Vabadussoja_Ajaloo_Komitee, lk 9
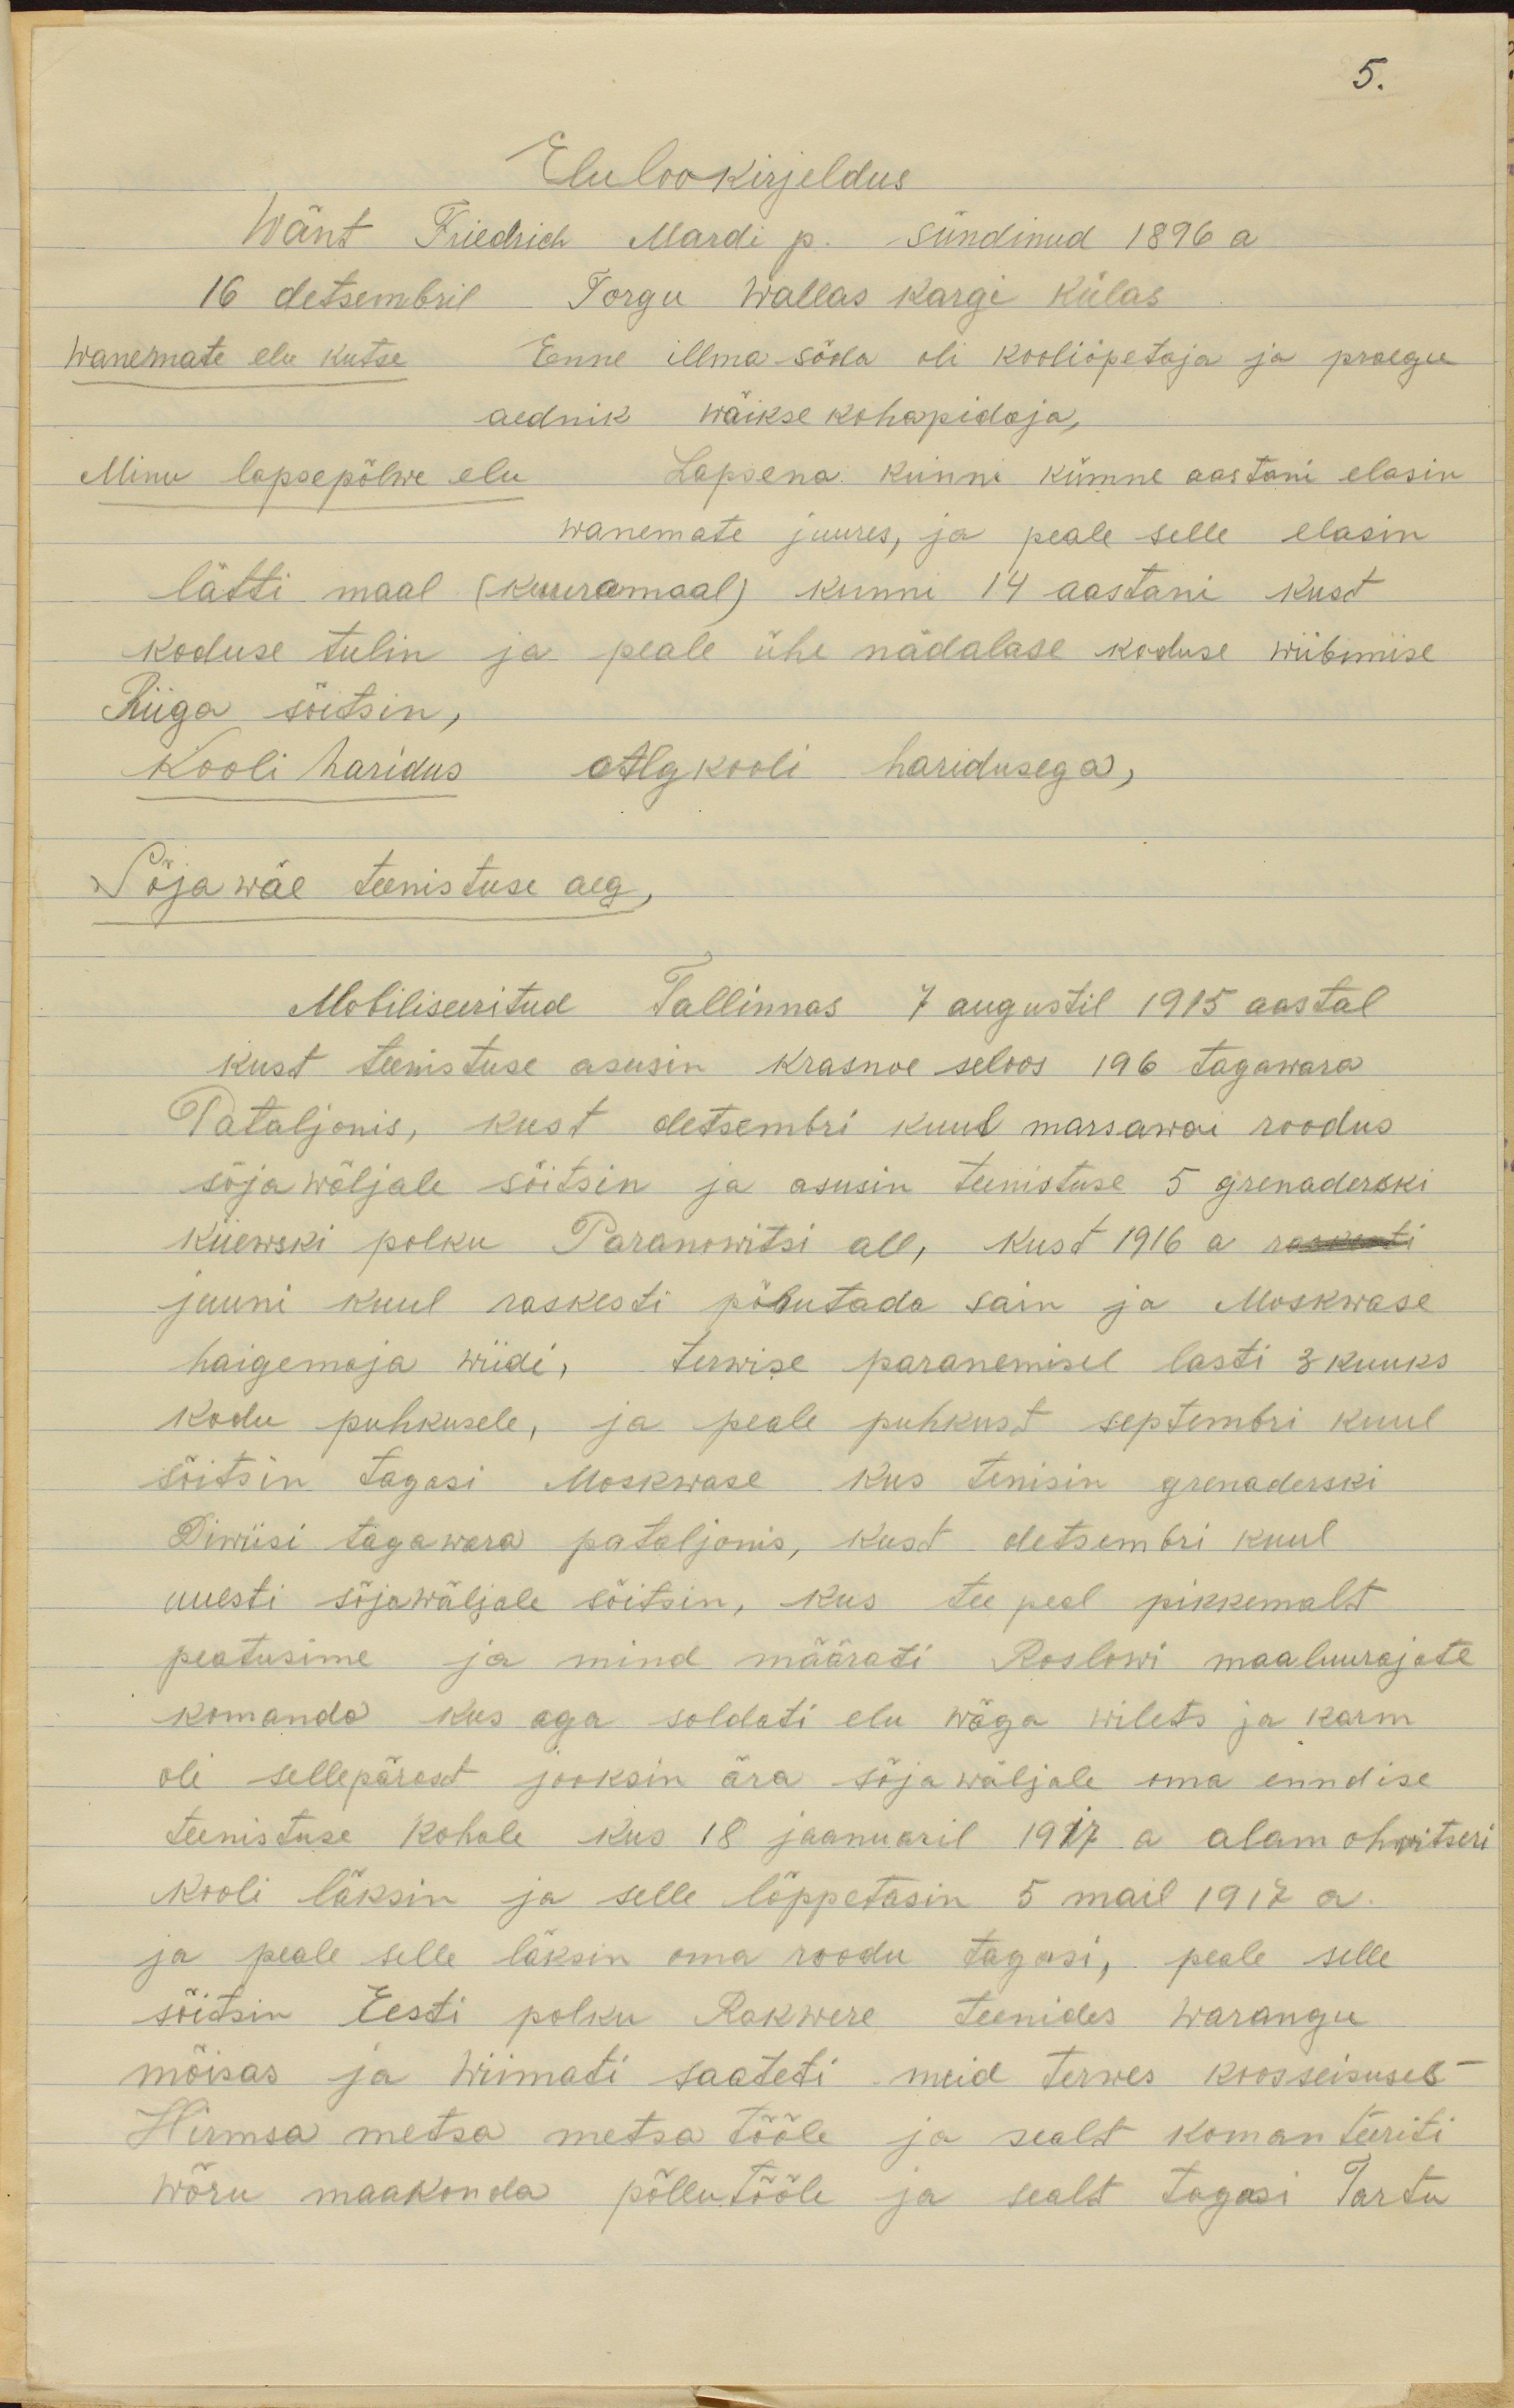
5.
Elulookirjeldus
Wänt Friedrich Mardi p. sündinud 1896 a
16 detsembril Torgu wallas Kargi külas
Wanemate elu kutse Enne illmasõda oli kooliõpetaja ja praegu
aednik wäiksekohapidaja,
Minu lapsepõlwe elu Lapsena kunni kümne aastani elasin
wanemate juures, ja peale selle elasin
lätti maal (Kuuramaal) kuni 14 aastani kust
koduse tulin ja peale ühe nädalase koduse wiibimise
Riiga sõitsin,
Kooli haridus Algkooli haridusega,
Sõjawäe teenistuse aeg
Mobiliseeritud Tallinnas 7 augustil 1915 aastal
kust teenistuse asusin Krasnoe seloos 196 tagawara
Pataljonis, kust detsembri kuul marsawoi roodus
sõjawäljale sõitsin ja asusin teenistuse 5 grenaderski
Kiiewski polku Paranowitsi all, kust 1916 a raskesti
juuni kuul raskesti põrutada sain ja Moskwase
haigemaja wiidi, terwise paranemisel lasti 3 kuuks
kodu puhkusele, ja peale puhkust septembri kuul
sõitsin tagasi Moskvase kus tenisin grenaderski
Diwiisi tagawara pataljonis, kust detsembri kuul
uuesti sõjawäljale sõitsin, kus tee peal pikkemalt
peatusime ja mind määrati Roslowi maaluurajate
komando kus aga soldati elu wäga wilets ja karm
oli sellepärast jooksin ära sõjawäljale oma enndise
teenistuse kohale kus 18 jaanuaril 1917 a alamohvitseri
kooli läksin ja selle lõppetasin 5 mail 1917 a.
ja peale selle läksin oma roodu tagasi, peale selle
sõitsin Eesti polku Rakwere teenides Warangu
mõisas ja wiimati saadeti meid Terwes kooseisuses
Hirmsa metsa metsatööle ja sealt komandeeriti
Wõru maakonda põllutööle ja sealt tagasi Tartu